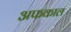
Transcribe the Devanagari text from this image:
अफकाल